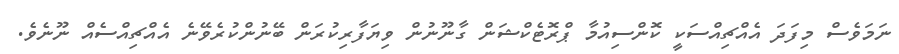
ނަމަވެސް މިފަދަ އެއްޗިއްސަކީ ކޮންސިއުމާ ޕްރޮޓެކްޝަން ގާނޫނުން ވިޔަފާރިކުރަން ބޭނުންކުރެވޭނެ އެއްޗިއްސެއް ނޫނެވެ.